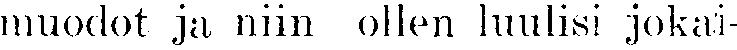
muodot ja niin ollen luulisi jokai-